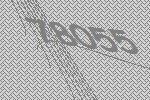
78055